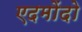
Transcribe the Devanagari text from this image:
एदमोंदो